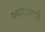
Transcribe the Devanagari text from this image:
प्रयोक्ताओ